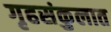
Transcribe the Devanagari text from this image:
गृहसंकुलात